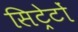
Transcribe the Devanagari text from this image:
सिट्रेटों